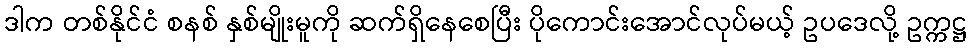
ဒါက တစ်နိုင်ငံ စနစ် နှစ်မျိုးမူကို ဆက်ရှိနေစေပြီး ပိုကောင်းအောင်လုပ်မယ့် ဥပဒေလို့ ဥက္ကဋ္ဌ